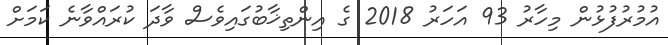
އުމުރުފުޅުން މިހާރު 93 އަހަރު 2018 ގެ އިންތިޚާބުގައިވެސް ވާދަ ކުރައްވާނެ ކަމަށް